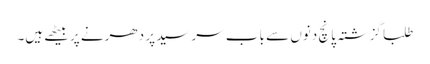
طلبا گزشتہ پانچ دنوں سے باب سرسید پر دھرنے پر بیٹھے ہیں۔